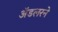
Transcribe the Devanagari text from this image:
ॲडलरने